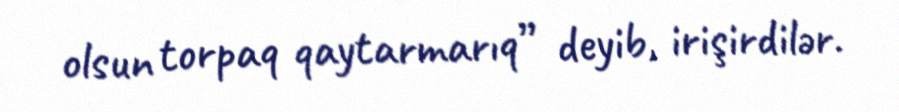
olsun torpaq qaytarmarıq” deyib, irişirdilər.